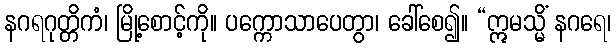
နဂရဂုတ္တိကံ၊ မြို့စောင့်ကို။ ပက္ကောသာပေတွာ၊ ခေါ်စေ၍။ “ဣမသ္မိံ နဂရေ၊